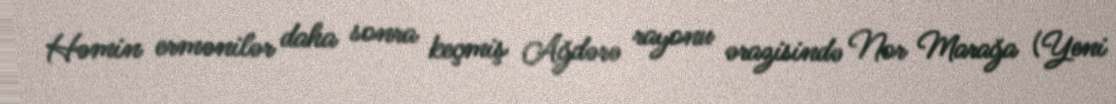
Həmin ermənilər daha sonra keçmiş Ağdərə rayonu ərazisində Nor Marağa (Yeni